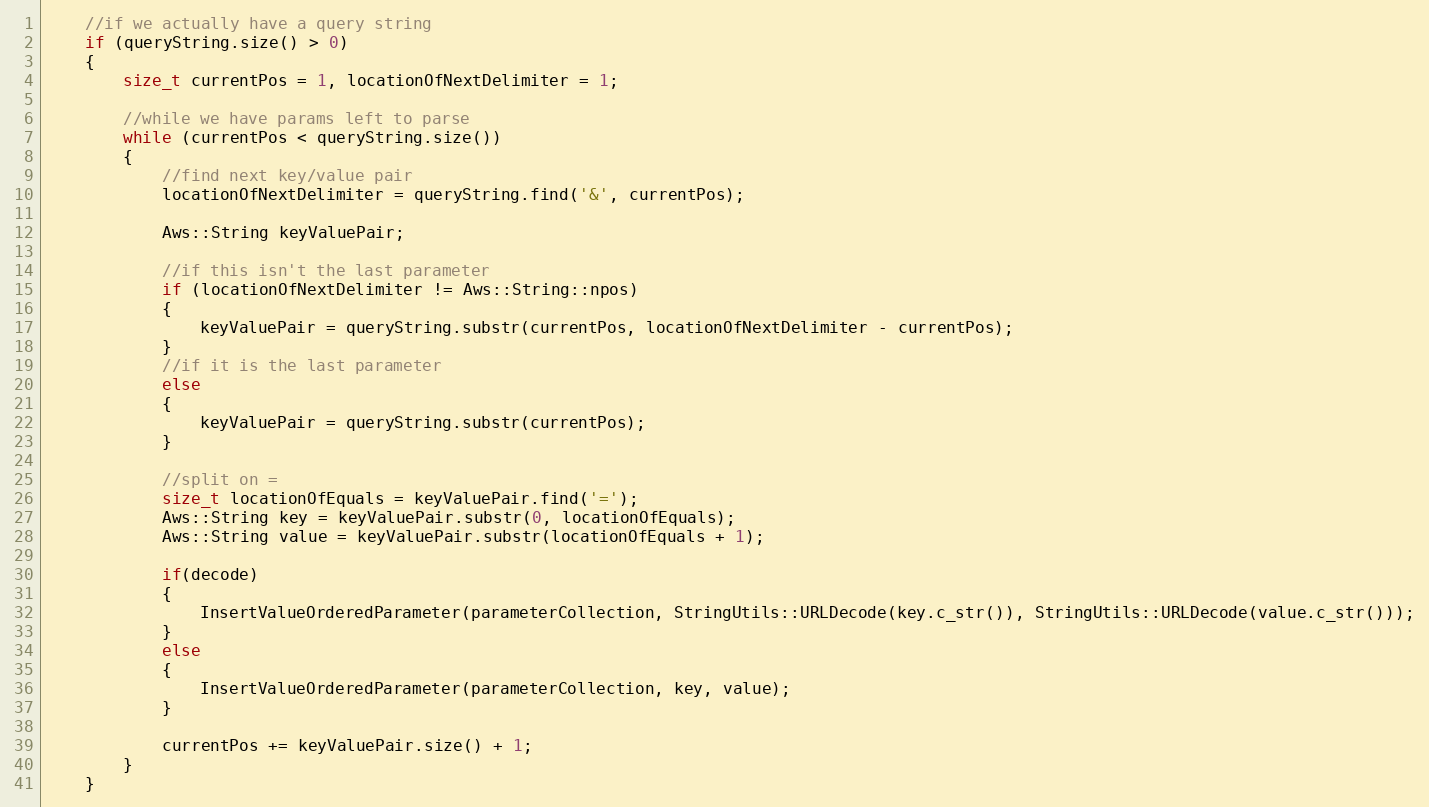
Language: C++
    //if we actually have a query string
    if (queryString.size() > 0)
    {
        size_t currentPos = 1, locationOfNextDelimiter = 1;

        //while we have params left to parse
        while (currentPos < queryString.size())
        {
            //find next key/value pair
            locationOfNextDelimiter = queryString.find('&', currentPos);

            Aws::String keyValuePair;

            //if this isn't the last parameter
            if (locationOfNextDelimiter != Aws::String::npos)
            {
                keyValuePair = queryString.substr(currentPos, locationOfNextDelimiter - currentPos);
            }
            //if it is the last parameter
            else
            {
                keyValuePair = queryString.substr(currentPos);
            }

            //split on =
            size_t locationOfEquals = keyValuePair.find('=');
            Aws::String key = keyValuePair.substr(0, locationOfEquals);
            Aws::String value = keyValuePair.substr(locationOfEquals + 1);

            if(decode)
            {
                InsertValueOrderedParameter(parameterCollection, StringUtils::URLDecode(key.c_str()), StringUtils::URLDecode(value.c_str()));
            }
            else
            {
                InsertValueOrderedParameter(parameterCollection, key, value);
            }

            currentPos += keyValuePair.size() + 1;
        }
    }